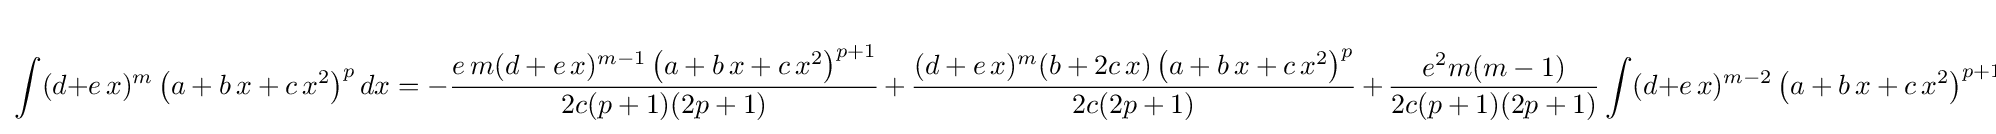
\int (d+e\,x)^{m}\left(a+b\,x+c\,x^{2}\right)^{p}dx=-{\frac {e\,m(d+e\,x)^{m-1}\left(a+b\,x+c\,x^{2}\right)^{p+1}}{2c(p+1)(2p+1)}}\,+\,{\frac {(d+e\,x)^{m}(b+2c\,x)\left(a+b\,x+c\,x^{2}\right)^{p}}{2c(2p+1)}}\,+\,{\frac {e^{2}m(m-1)}{2c(p+1)(2p+1)}}\int (d+e\,x)^{m-2}\left(a+b\,x+c\,x^{2}\right)^{p+1}dx